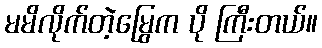
မမိလိုက်တဲ့မြွေက ပို ကြီးတယ်။